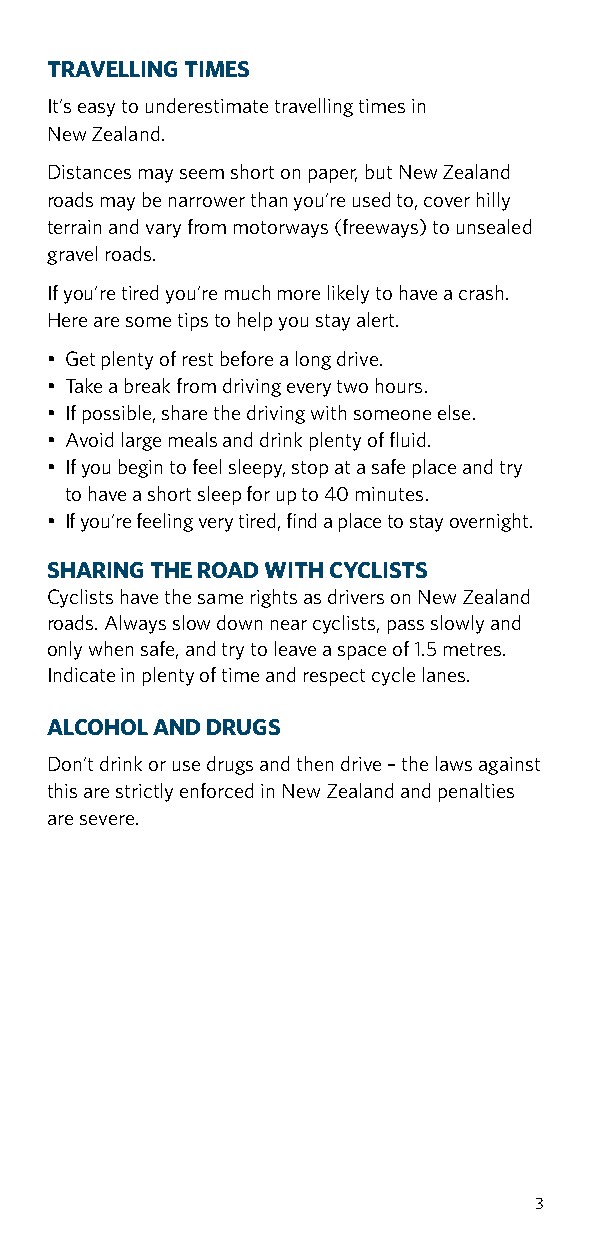
TRAVELLING TIMES
 It’s easy to underestimate travelling times in
 New Zealand.
 Distances may seem short on paper, but New Zealand
 roads may be narrower than you’re used to, cover hilly
 terrain and vary from motorways (freeways) to unsealed
 gravel roads.
 If you’re tired you’re much more likely to have a crash.
 Here are some tips to help you stay alert.
 • Get plenty of rest before a long drive.
 • Take a break from driving every two hours.
 • If possible, share the driving with someone else.
 • Avoid large meals and drink plenty of fluid.
 • If you begin to feel sleepy, stop at a safe place and try
 to have a short sleep for up to 40 minutes.
 • If you’re feeling very tired, find a place to stay overnight.
 SHARING THE ROAD WITH CYCLISTS
 Cyclists have the same rights as drivers on New Zealand
 roads. Always slow down near cyclists, pass slowly and
 only when safe, and try to leave a space of 1.5 metres.
 Indicate in plenty of time and respect cycle lanes.
 ALCOHOL AND DRUGS
 Don’t drink or use drugs and then drive – the laws against
 this are strictly enforced in New Zealand and penalties
 are severe.
 3